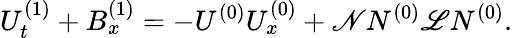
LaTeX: U_{t}^{(1)}+B_{x}^{(1)}=-U^{(0)}U_{x}^{(0)}+\mathscr{N}N^{(0)}\mathscr{L}N^{(0)}.